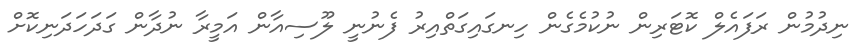
ނިދުމުން ރަފައެލް ކޮޓަރިން ނުކުމެގެން ހިނގައިގަތްއިރު ފެނުނީ ލޫސިއާން އަމީރާ ނުދާން ގަދަހަދަނިކޮށް